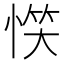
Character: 𢝹